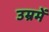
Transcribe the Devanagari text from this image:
उम्रमें